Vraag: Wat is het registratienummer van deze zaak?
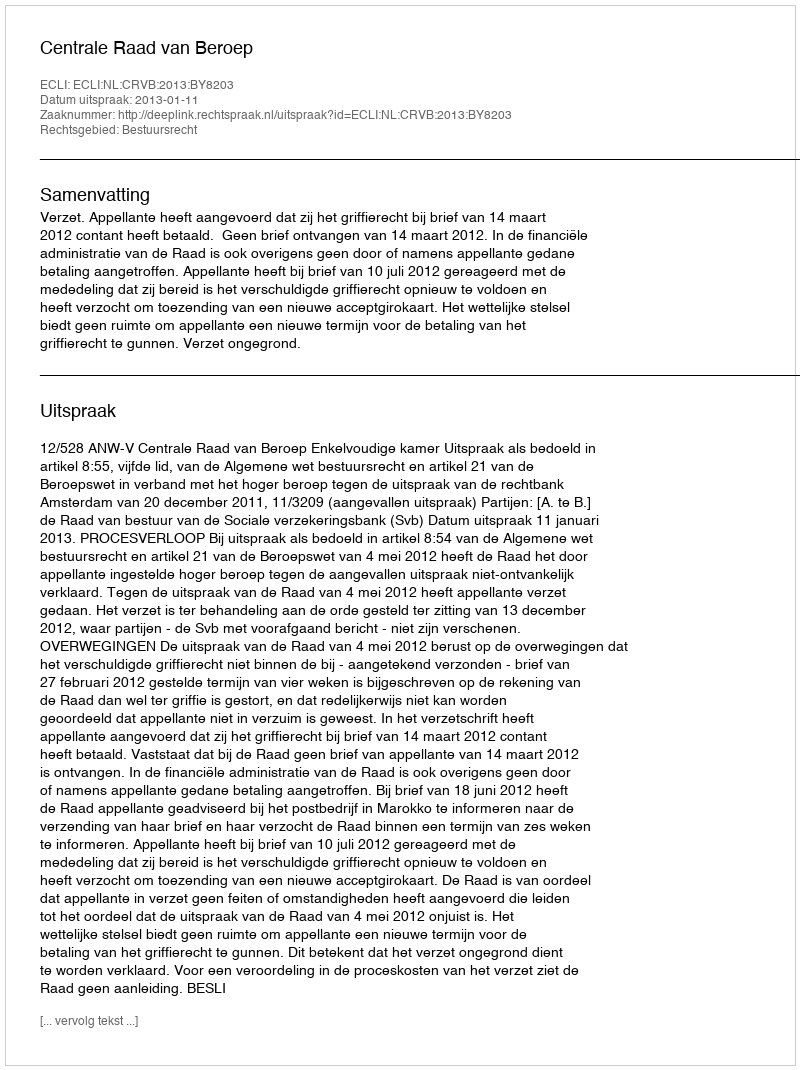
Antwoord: http://deeplink.rechtspraak.nl/uitspraak?id=ECLI:NL:CRVB:2013:BY8203